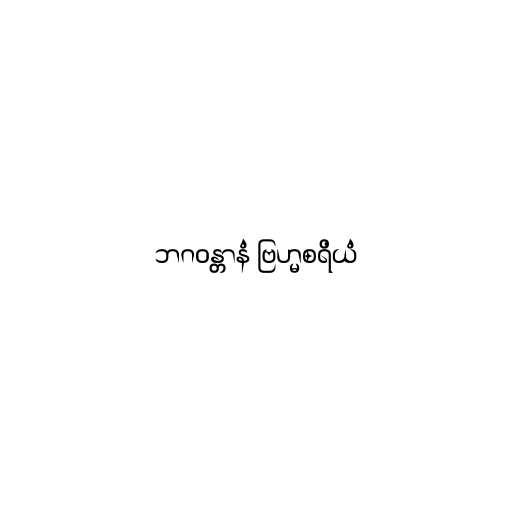
ဘဂဝန္တာနံ ဗြဟ္မစရိယံ